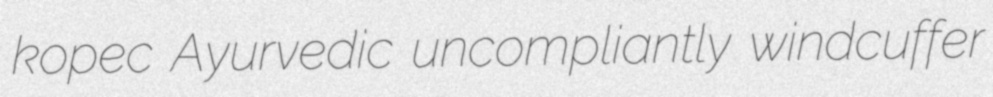
kopec Ayurvedic uncompliantly windcuffer